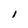
Character: l